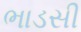
ભાડસી